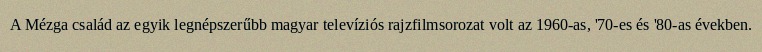
A Mézga család az egyik legnépszerűbb magyar televíziós rajzfilmsorozat volt az 1960-as, '70-es és '80-as években.